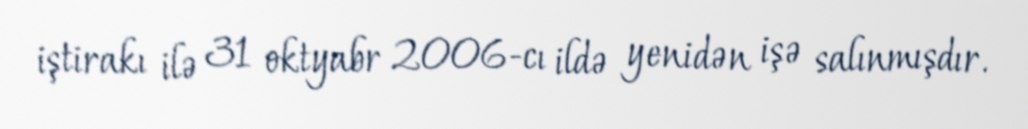
iştirakı ilə 31 oktyabr 2006-cı ildə yenidən işə salınmışdır.